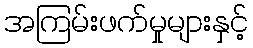
အကြမ်းဖက်မှုများနှင့်